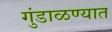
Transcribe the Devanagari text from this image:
गुंडाळण्यात